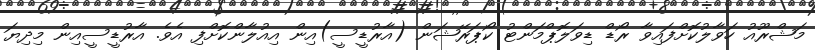
މަޝްރޫއު ހަވާލުކޮށްފައިވާ ރޯޑް ޑިވަލޮޕްމަންޓު ކޯޕަރޭޝަން (އާރުޑީސީ)އިން އިއުލާންކޮށްފި އެވެ. އާރުޑީސީއިން މިދިޔަ